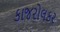
કાજરોલકર